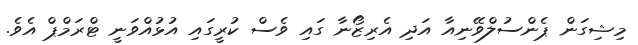
މިޝިގަން ޕެންސުލްވޭނިއާ އަދި އެރިޒޯނާ ގައި ވެސް ކުރީގައި އުޅުއްވަނީ ޓްރަމްޕް އެވެ.